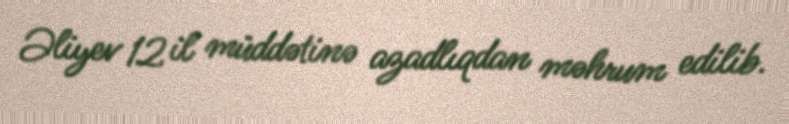
Əliyev 12 il müddətinə azadlıqdan məhrum edilib.